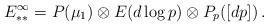
LaTeX: \begin{align*}E^\infty_{**} = P(\mu_1) \otimes E(d\log p) \otimes P_p([dp]) \,.\end{align*}